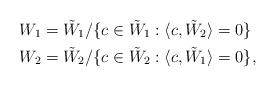
LaTeX: \begin{align*}W_1 & = \tilde{W}_1/ \{ c \in \tilde{W}_1 : \langle c, \tilde{W}_2 \rangle =0 \} \\W_2 & = \tilde{W}_2/ \{ c \in \tilde{W}_2 : \langle c, \tilde{W}_1\rangle =0 \},\end{align*}